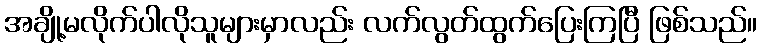
အချို့မလိုက်ပါလိုသူများမှာလည်း လက်လွတ်ထွက်ပြေးကြပြီ ဖြစ်သည်။